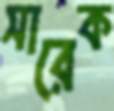
সারেক